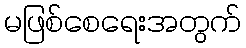
မဖြစ်စေရေးအတွက်